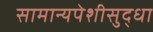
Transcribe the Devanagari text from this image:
सामान्यपेशीसुद्धा